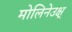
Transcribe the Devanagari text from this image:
मोलिनेउक्ष्